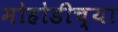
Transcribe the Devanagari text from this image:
मोहोडीच्या